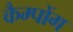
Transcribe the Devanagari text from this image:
कैम्पोंग